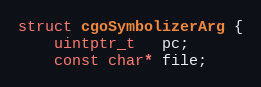
Language: C
struct cgoSymbolizerArg {
	uintptr_t   pc;
	const char* file;